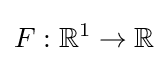
F:\mathbb {R} ^{1}\to \mathbb {R}